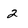
Character: 2